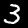
Digit: 3